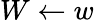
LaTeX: W\leftarrow w